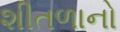
શીતળાનો